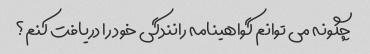
چگونه می توانم گواهینامه رانندگی خود را دریافت کنم؟